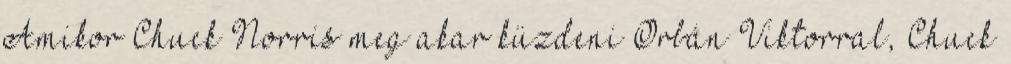
Amikor Chuck Norris meg akar küzdeni Orbán Viktorral, Chuck